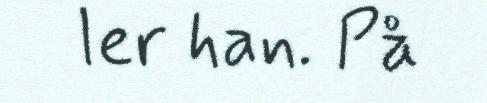
ler han. På